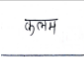
मजकूर: कलम